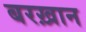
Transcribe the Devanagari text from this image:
बरख़ान